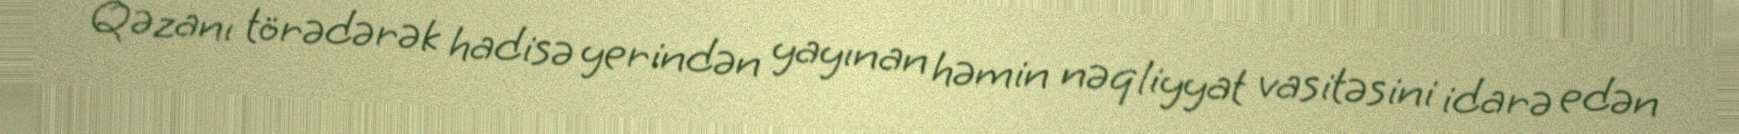
Qəzanı törədərək hadisə yerindən yayınan həmin nəqliyyat vasitəsini idarə edən